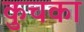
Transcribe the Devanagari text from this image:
कुचका